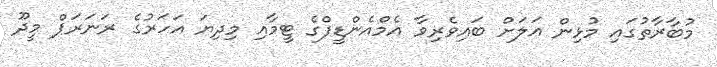
މުބާރާތުގައި މުޅިން އަލަށް ބައިވެރިވާ އެމްއެންޑީފްގެ ޓީމާއި މިދިޔަ އަހަރުގެ ރަނަރަޕް މީދޫ